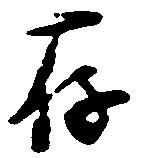
存